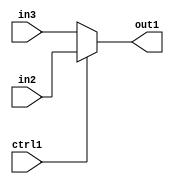
`timescale 1ps / 1ps
/*****************************************************************************
    Verilog RTL Description
    
    
    Created by: CellMath Designer 2019.1.01 
*******************************************************************************/

module fp_cmp_N_Mux_23_2_7_4 (
	in3,
	in2,
	ctrl1,
	out1
	); /* architecture "behavioural" */ 
input [22:0] in3,
	in2;
input  ctrl1;
output [22:0] out1;
wire [22:0] asc001;

reg [22:0] asc001_tmp_0;
assign asc001 = asc001_tmp_0;
always @ (ctrl1 or in2 or in3) begin
	case (ctrl1)
		1'B1 : asc001_tmp_0 = in2 ;
		default : asc001_tmp_0 = in3 ;
	endcase
end

assign out1 = asc001;
endmodule

/* CADENCE  uLT4SQo= : u9/ySgnWtBlWxVPRXgAZ4Og= ** DO NOT EDIT THIS LINE ******/